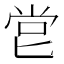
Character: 𠤠